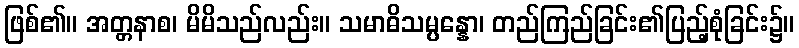
ဖြစ်၏။ အတ္တနာစ၊ မိမိသည်လည်း။ သမာဓိသမ္ပန္နော၊ တည်ကြည်ခြင်း၏ပြည့်စုံခြင်း၌။